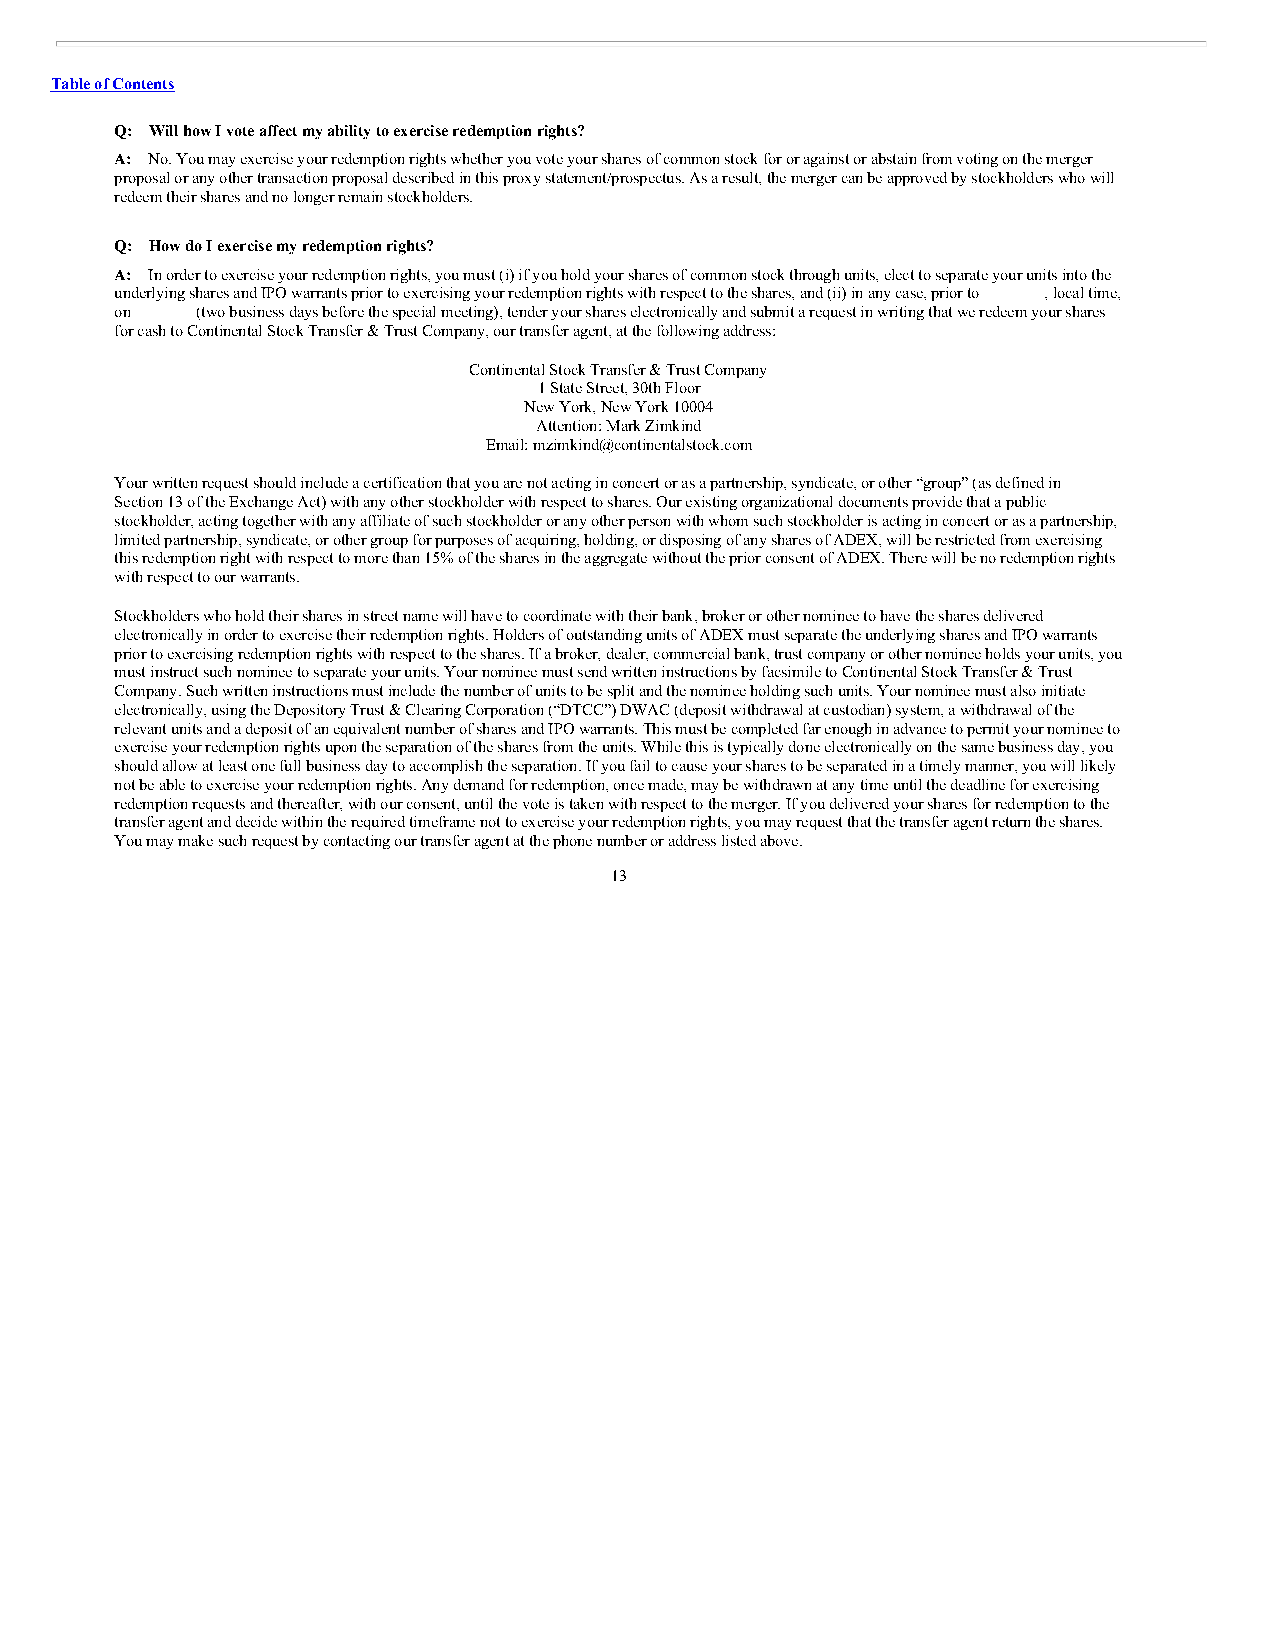
Table of Contents
 Q: Will how I vote affect my ability to exercise redemption rights?
 A: No. You may exercise your redemption rights whether you vote your shares of common stock for or against or abstain from voting on the merger
 proposal or any other transaction proposal described in this proxy statement/prospectus. As a result, the merger can be approved by stockholders who will
 redeem their shares and no longer remain stockholders.
 Q: How do I exercise my redemption rights?
 A: In order to exercise your redemption rights, you must (i) if you hold your shares of common stock through units, elect to separate your units into the
 underlying shares and IPO warrants prior to exercising your redemption rights with respect to the shares, and (ii) in any case, prior to , local time,
 on   (two business days before the special meeting), tender your shares electronically and submit a request in writing that we redeem your shares
 for cash to Continental Stock Transfer & Trust Company, our transfer agent, at the following address:
 Continental Stock Transfer & Trust Company
 1 State Street, 30th Floor
 New York, New York 10004
 Attention: Mark Zimkind
 Email: mzimkind@continentalstock.com
 Your written request should include a certification that you are not acting in concert or as a partnership, syndicate, or other “group” (as defined in
 Section 13 of the Exchange Act) with any other stockholder with respect to shares. Our existing organizational documents provide that a public
 stockholder, acting together with any affiliate of such stockholder or any other person with whom such stockholder is acting in concert or as a partnership,
 limited partnership, syndicate, or other group for purposes of acquiring, holding, or disposing of any shares of ADEX, will be restricted from exercising
 this redemption right with respect to more than 15% of the shares in the aggregate without the prior consent of ADEX. There will be no redemption rights
 with respect to our warrants.
 Stockholders who hold their shares in street name will have to coordinate with their bank, broker or other nominee to have the shares delivered
 electronically in order to exercise their redemption rights. Holders of outstanding units of ADEX must separate the underlying shares and IPO warrants
 prior to exercising redemption rights with respect to the shares. If a broker, dealer, commercial bank, trust company or other nominee holds your units, you
 must instruct such nominee to separate your units. Your nominee must send written instructions by facsimile to Continental Stock Transfer & Trust
 Company. Such written instructions must include the number of units to be split and the nominee holding such units. Your nominee must also initiate
 electronically, using the Depository Trust & Clearing Corporation (“DTCC”) DWAC (deposit withdrawal at custodian) system, a withdrawal of the
 relevant units and a deposit of an equivalent number of shares and IPO warrants. This must be completed far enough in advance to permit your nominee to
 exercise your redemption rights upon the separation of the shares from the units. While this is typically done electronically on the same business day, you
 should allow at least one full business day to accomplish the separation. If you fail to cause your shares to be separated in a timely manner, you will likely
 not be able to exercise your redemption rights. Any demand for redemption, once made, may be withdrawn at any time until the deadline for exercising
 redemption requests and thereafter, with our consent, until the vote is taken with respect to the merger. If you delivered your shares for redemption to the
 transfer agent and decide within the required timeframe not to exercise your redemption rights, you may request that the transfer agent return the shares.
 You may make such request by contacting our transfer agent at the phone number or address listed above.
 13